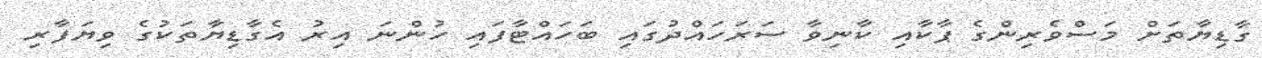
ގާޑިޔާތަށް މަސްވެރިންގެ ޕާކާއި ކާނިވާ ސަރަހައްދުގައި ބަހައްޓާފައި ހުންނަ އިރު އެގާޑިޔާތަކުގެ ވިޔަފާރި